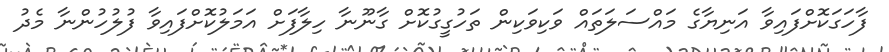
ފާހަގަކޮށްފައިވާ އަނިޔާގެ މައްސަލަތައް ވަކިވަކިން ތަހުގީގުކޮށް ގާނޫނާ ހިލާފަށް އަމަލުކޮށްފައިވާ ފުލުހުންނާ މެދު